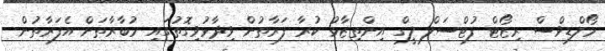
މޯލްޑިވްސް ރިޒޯޓް ފުޓްސަލް ލީގް އިންތިޒާމު ކުރާ ފަރާތުން ވިދާޅުވިގޮތުގައި މުބާރާތަށް އެފަރާތުން